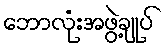
ဘောလုံးအဖွဲ့ချုပ်